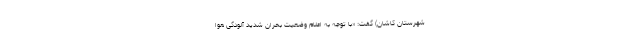
شهرستان کاشان) گفت: «با توجه به اعلام وضعیت بحران شدید آلودگی هوا